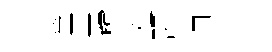
篤巋恠鸎迥